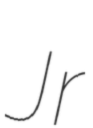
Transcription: Jr